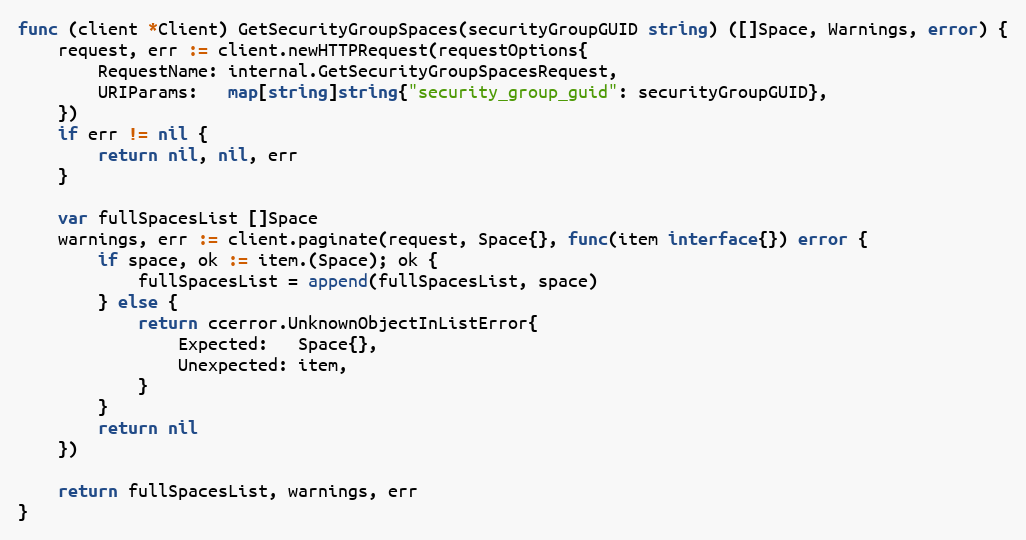
Language: Go
func (client *Client) GetSecurityGroupSpaces(securityGroupGUID string) ([]Space, Warnings, error) {
	request, err := client.newHTTPRequest(requestOptions{
		RequestName: internal.GetSecurityGroupSpacesRequest,
		URIParams:   map[string]string{"security_group_guid": securityGroupGUID},
	})
	if err != nil {
		return nil, nil, err
	}

	var fullSpacesList []Space
	warnings, err := client.paginate(request, Space{}, func(item interface{}) error {
		if space, ok := item.(Space); ok {
			fullSpacesList = append(fullSpacesList, space)
		} else {
			return ccerror.UnknownObjectInListError{
				Expected:   Space{},
				Unexpected: item,
			}
		}
		return nil
	})

	return fullSpacesList, warnings, err
}